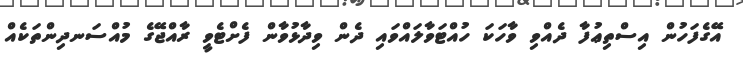
އޭގެފަހުން އިސްތިޢުފާ ދެއްވި ވާހަކަ ހުއްޓަވާލައްވައި ދެން ވިދާޅުވާން ފެށްޓެވީ ރާއްޖޭގެ މުއްސަނދިންތަކެއް